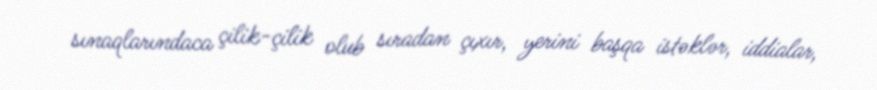
sınaqlarındaca çilik-çilik olub sıradan çıxır, yerini başqa istəklər, iddialar,